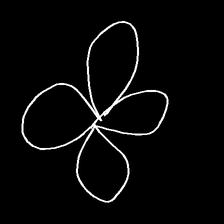
Glyph: billowing